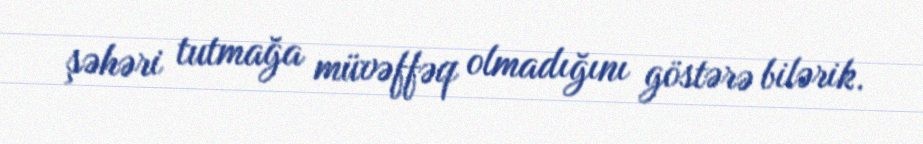
şəhəri tutmağa müvəffəq olmadığını göstərə bilərik.